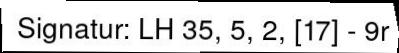
Signatur: LH 35, 5, 2, [17] - 9r